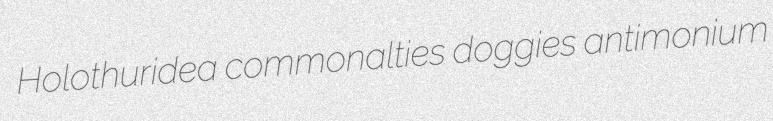
Holothuridea commonalties doggies antimonium